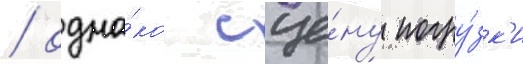
/ одна́ко сце́ну погру́зк'и